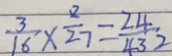
\frac { 3 } { 1 6 } \times \frac { 2 } { 2 7 } = \frac { 2 4 } { 4 3 2 }